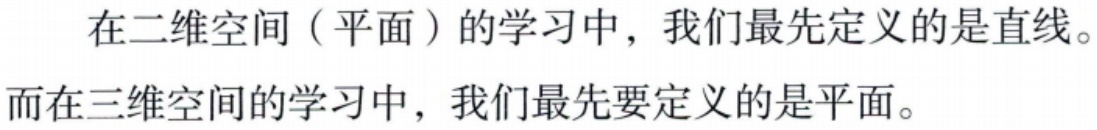
在二维空间（平面）的学习中，我们最先定义的是直线。而在三维空间的学习中，我们最先要定义的是平面。